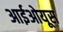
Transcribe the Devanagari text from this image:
आईओयूस